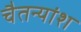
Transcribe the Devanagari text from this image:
चैतन्यांश